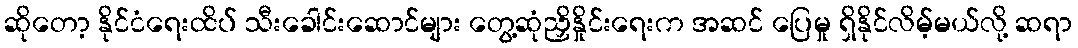
ဆိုတော့ နိုင်ငံရေးထိပ် သီးခေါင်းဆောင်များ တွေ့ဆုံညှိနှိုင်းရေးက အဆင် ပြေမှု ရှိနိုင်လိမ့်မယ်လို့ ဆရာ